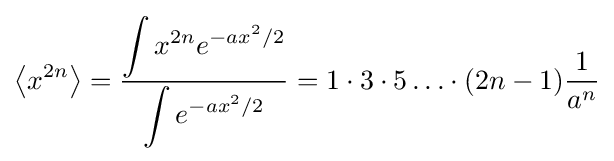
\left\langle x^{2n}\right\rangle ={\frac {\displaystyle \int x^{2n}e^{-ax^{2}/2}}{\displaystyle \int e^{-ax^{2}/2}}}=1\cdot 3\cdot 5\ldots \cdot (2n-1){\frac {1}{a^{n}}}